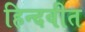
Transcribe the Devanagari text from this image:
हिन्दवीत